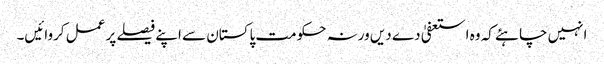
انہیں چاہئے کہ وہ استعفیٰ دے دیں ورنہ حکومت پاکستان سے اپنے فیصلے پر عمل کروائیں۔